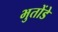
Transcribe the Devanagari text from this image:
भुतोंडे